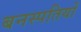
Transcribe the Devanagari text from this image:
बनस्पतियों